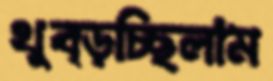
থুব্‌ড়চ্ছিলাম